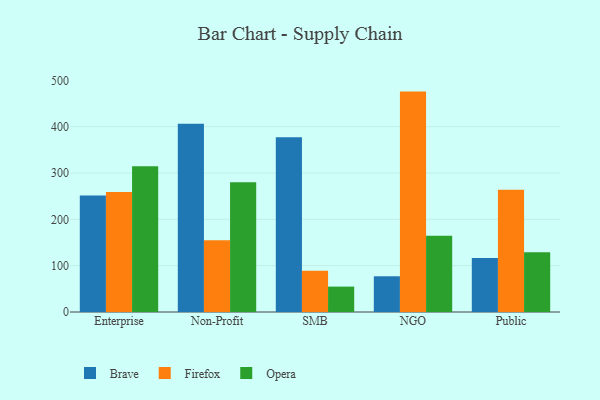
{"axis": {"x": "Segment", "y": "Shipments"}, "legend": ["Brave", "Firefox", "Opera"], "data": [{"x": "Enterprise", "y": 251.6, "type": "Brave"}, {"x": "Enterprise", "y": 259.2, "type": "Firefox"}, {"x": "Enterprise", "y": 314.5, "type": "Opera"}, {"x": "Non-Profit", "y": 406.3, "type": "Brave"}, {"x": "Non-Profit", "y": 154.9, "type": "Firefox"}, {"x": "Non-Profit", "y": 280.3, "type": "Opera"}, {"x": "SMB", "y": 377.3, "type": "Brave"}, {"x": "SMB", "y": 88.9, "type": "Firefox"}, {"x": "SMB", "y": 54.8, "type": "Opera"}, {"x": "NGO", "y": 77.1, "type": "Brave"}, {"x": "NGO", "y": 475.7, "type": "Firefox"}, {"x": "NGO", "y": 164.4, "type": "Opera"}, {"x": "Public", "y": 116.6, "type": "Brave"}, {"x": "Public", "y": 263.8, "type": "Firefox"}, {"x": "Public", "y": 128.9, "type": "Opera"}]}